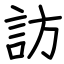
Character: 訪